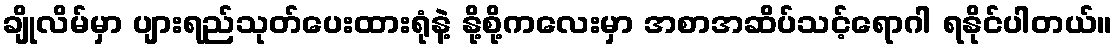
ချိုလိမ်မှာ ပျားရည်သုတ်ပေးထားရုံနဲ့ နို့စို့ကလေးမှာ အစာအဆိပ်သင့်ရောဂါ ရနိုင်ပါတယ်။